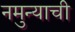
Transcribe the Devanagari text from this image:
नमुन्याची